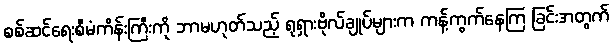
စစ်ဆင်ရေးစီမံကိန်းကြီးကို ဘာမဟုတ်သည့် ရုရှားဗိုလ်ချုပ်များက ကန့်ကွက်နေကြ ခြင်းအတွက်